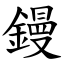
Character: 鏝